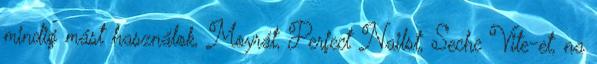
mindig mást használok, Moyrát, Perfect Nailst, Seche Vite-et, na